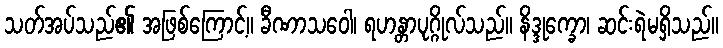
သတ်အပ်သည်၏ အဖြစ်ကြောင့်။ ခီဏာသဝေါ၊ ရဟန္တာပုဂ္ဂိုလ်သည်။ နိဒ္ဒုက္ခော၊ ဆင်းရဲမရှိသည်။